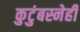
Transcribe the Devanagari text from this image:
कुटुंबस्नेही